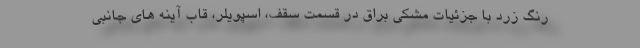
رنگ زرد با جزئیات مشکی براق در قسمت سقف، اسپویلر، قاب آینه های جانبی